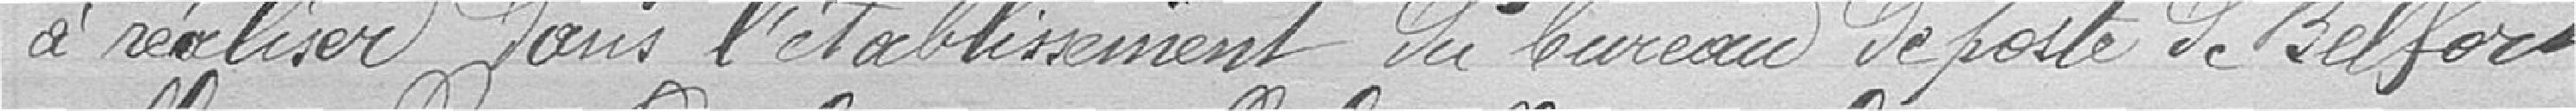
à réaliser dans l'établissement du bureau de poste de Belfort-